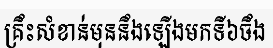
គ្រឹះសំខាន់មុននឹងឡើងមកទី៦ចឹង